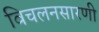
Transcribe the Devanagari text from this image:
विचलनसारणी